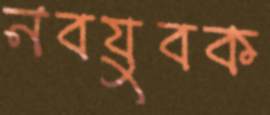
নবযুবক